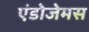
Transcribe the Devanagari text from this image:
एंडोजेमस